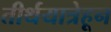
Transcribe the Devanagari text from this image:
तीर्थयात्रेहून